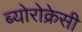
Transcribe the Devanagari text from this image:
ब्योरोक्रेसी